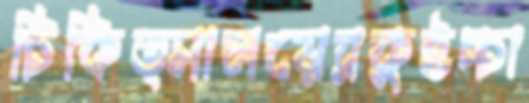
চিকিত্সালয়েরকুইচ্চা